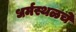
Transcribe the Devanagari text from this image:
धर्मस्थळचे